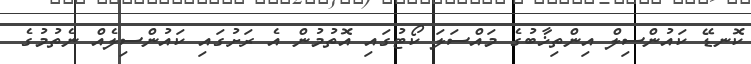
ކޮނޑޭ ކައުންސިލް އިންތިޚާބުގެ މައްސަލަ ކޯޓުގައި އޮތުމުން އެ ރަށުގައި ކައުންސިލެއް ނެތުމުގެ